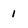
Character: 1